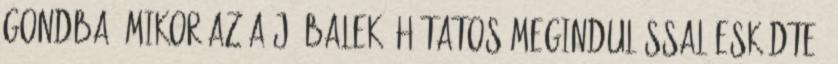
gondba, mikor az a jó balek áhítatos megindulással esküdte: